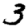
Digit: 3